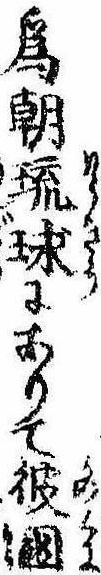
為朝琉球にありて彼国